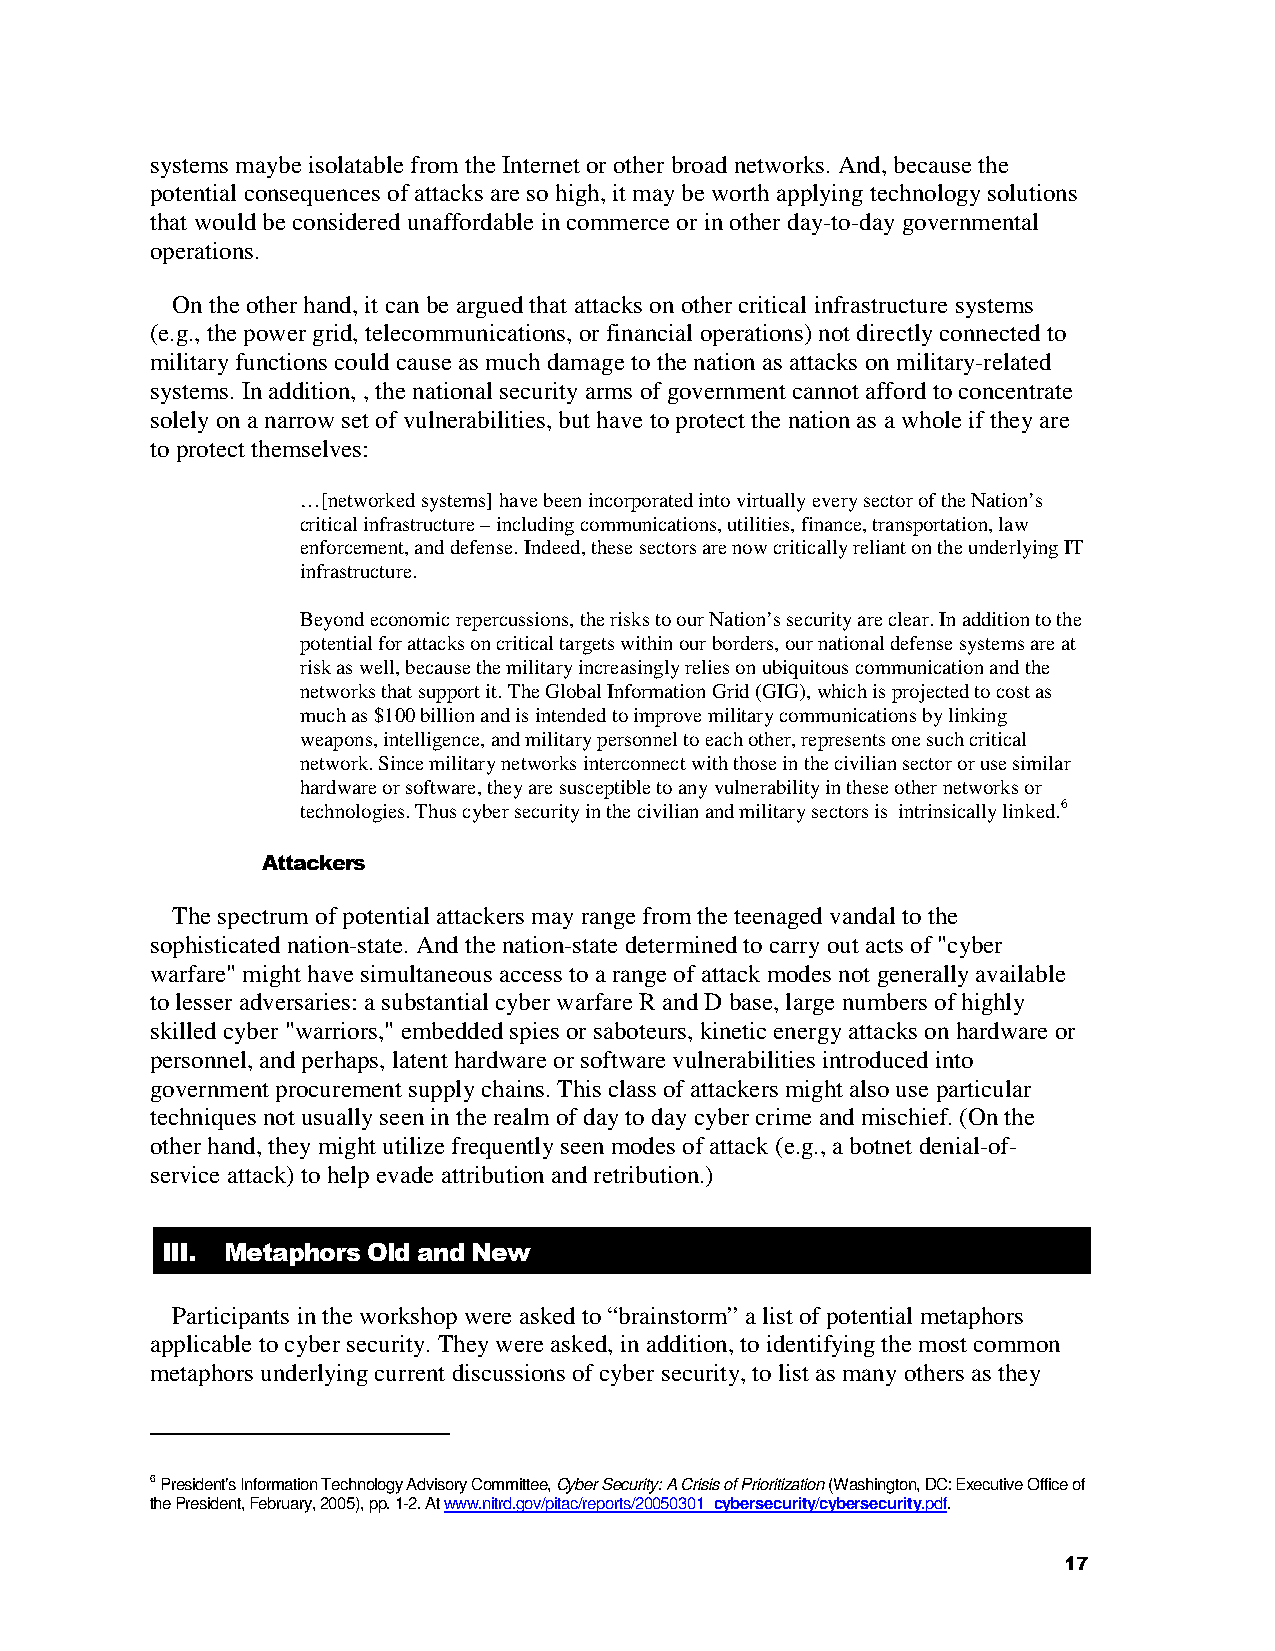
systems maybe isolatable from the Internet or other broad networks. And, because the
 potential consequences of attacks are so high, it may be worth applying technology solutions
 that would be considered unaffordable in commerce or in other day-to-day governmental
 operations.
 On the other hand, it can be argued that attacks on other critical infrastructure systems
 (e.g., the power grid, telecommunications, or financial operations) not directly connected to
 military functions could cause as much damage to the nation as attacks on military-related
 systems. In addition, , the national security arms of government cannot afford to concentrate
 solely on a narrow set of vulnerabilities, but have to protect the nation as a whole if they are
 to protect themselves:
 …[networked systems] have been incorporated into virtually every sector of the Nation’s
 critical infrastructure – including communications, utilities, finance, transportation, law
 enforcement, and defense. Indeed, these sectors are now critically reliant on the underlying IT
 infrastructure.
 Beyond economic repercussions, the risks to our Nation’s security are clear. In addition to the
 potential for attacks on critical targets within our borders, our national defense systems are at
 risk as well, because the military increasingly relies on ubiquitous communication and the
 networks that support it. The Global Information Grid (GIG), which is projected to cost as
 much as $100 billion and is intended to improve military communications by linking
 weapons, intelligence, and military personnel to each other, represents one such critical
 network. Since military networks interconnect with those in the civilian sector or use similar
 hardware or software, they are susceptible to any vulnerability in these other networks or
 technologies. Thus cyber security in the civilian and military sectors is intrinsically linked.6
 Attackers
 The spectrum of potential attackers may range from the teenaged vandal to the
 sophisticated nation-state. And the nation-state determined to carry out acts of "cyber
 warfare" might have simultaneous access to a range of attack modes not generally available
 to lesser adversaries: a substantial cyber warfare R and D base, large numbers of highly
 skilled cyber "warriors," embedded spies or saboteurs, kinetic energy attacks on hardware or
 personnel, and perhaps, latent hardware or software vulnerabilities introduced into
 government procurement supply chains. This class of attackers might also use particular
 techniques not usually seen in the realm of day to day cyber crime and mischief. (On the
 other hand, they might utilize frequently seen modes of attack (e.g., a botnet denial-of-
 service attack) to help evade attribution and retribution.)
 III. Metaphors Old and New
 Participants in the workshop were asked to “brainstorm” a list of potential metaphors
 applicable to cyber security. They were asked, in addition, to identifying the most common
 metaphors underlying current discussions of cyber security, to list as many others as they
 6 President’s Information Technology Advisory Committee, Cyber Security: A Crisis of Prioritization (Washington, DC: Executive Office of
 the President, February, 2005), pp. 1-2. At www.nitrd.gov/pitac/reports/20050301_cybersecurity/cybersecurity.pdf.
 17